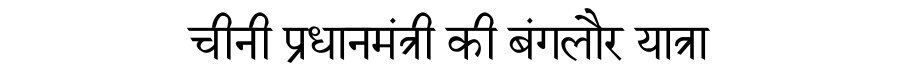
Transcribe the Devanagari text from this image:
चीनी प्रधानमंत्री की बंगलौर यात्रा